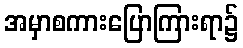
အမှာစကားပြောကြားရာ၌